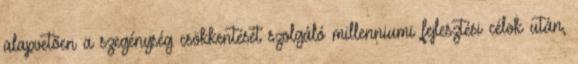
alapvetõen a szegénység csökkentését szolgáló millenniumi fejlesztési célok után,